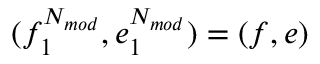
( f _ { 1 } ^ { N _ { m o d } } , e _ { 1 } ^ { N _ { m o d } } ) = ( f , e )